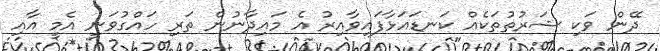
ދޭން ވަކި ޝަރުތުތަކެއް ކަނޑައަޅާފައިވާއިރު އެ މައިދާނުން ތަރި ހައްގުވަނީ އެމީ އާއި